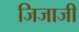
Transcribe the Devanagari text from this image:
जिजाजी